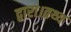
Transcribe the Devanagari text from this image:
द्वारा।तथ्य